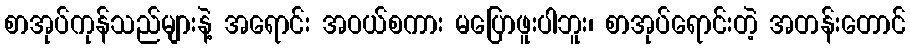
စာအုပ်ကုန်သည်များနဲ့ အရောင်း အဝယ်စကား မပြောဖူးပါဘူး၊ စာအုပ်ရောင်းတဲ့ အတန်းတောင်